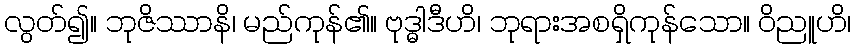
လွတ်၍။ ဘုဇိဿာနိ၊ မည်ကုန်၏။ ဗုဒ္ဓါဒီဟိ၊ ဘုရားအစရှိကုန်သော။ ဝိညူဟိ၊